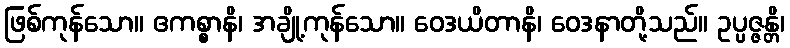
ဖြစ်ကုန်သော။ ဧကစ္စာနိ၊ အချို့ကုန်သော။ ဝေဒယိတာနိ၊ ဝေဒနာတို့သည်။ ဥပ္ပဇ္ဇန္တိ၊